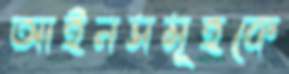
আইনসমূহকে